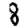
Digit: 8